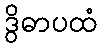
ဒွိဓာပထံ